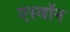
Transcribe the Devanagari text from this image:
एस्वॉन